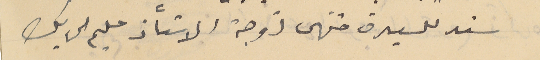
سند للسيدة منتهى زوجة الاستاذ سَليم الحايك